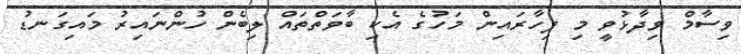
ވިސާމް ވިދާޅުވީ މި ފިހާރައިން މަހުގެ އެކި ބާވަތްތައް ލިބެން ހުންނައިރު މައިގަނޑު